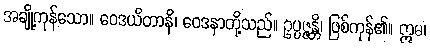
အချို့ကုန်သော။ ဝေဒယိတာနိ၊ ဝေဒနာတို့သည်။ ဥပ္ပဇ္ဇန္တိ၊ ဖြစ်ကုန်၏။ ဣဓ၊